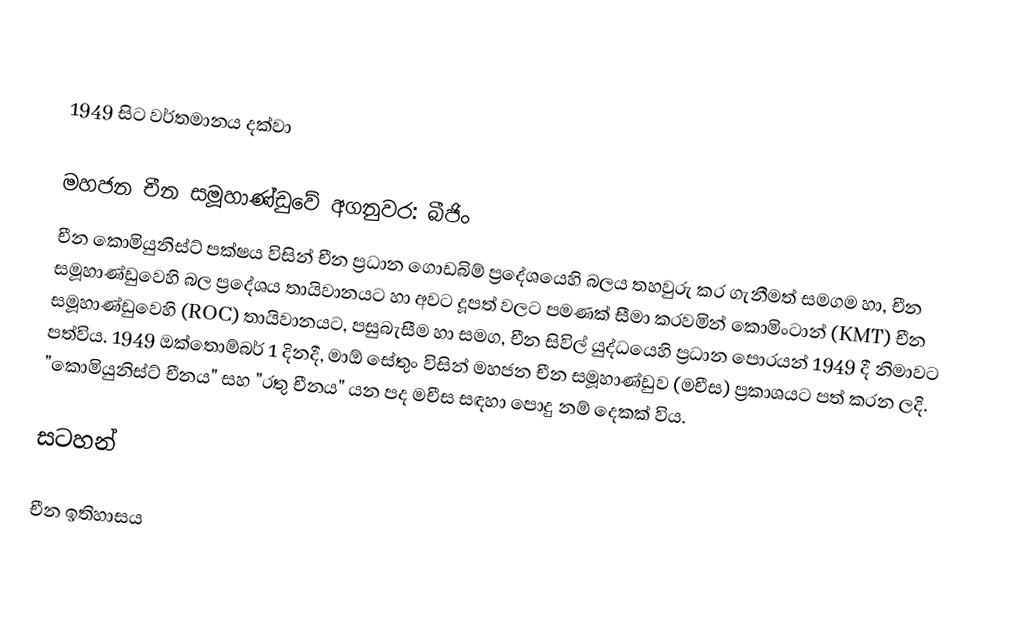

1949 සිට වර්තමානය දක්වා

මහජන චීන සමූහාණ්ඩුවේ අගනුවර: බීජිං
චීන කොමියුනිස්ට් පක්ෂය විසින් චීන ප්‍රධාන ගොඩබිම් ප්‍රදේශයෙහි බලය තහවුරු කර ගැනීමත් සමගම හා, චීන සමූහාණ්ඩුවෙහි බල ප්‍රදේශය තායිවානයට හා අවට දූපත් වලට පමණක් සීමා කරවමින් කොමිංටාන් (KMT) චීන සමූහාණ්ඩුවෙහි (ROC)  තායිවානයට, පසුබැසීම හා සමග, චීන සිවිල් යුද්ධයෙහි  ප්‍රධාන පොරයන් 1949 දී නිමාවට පත්විය. 1949 ඔක්තොම්බර් 1 දිනදී, මාඕ සේතුං විසින් මහජන චීන සමූහාණ්ඩුව (මචීස) ප්‍රකාශයට පත් කරන ලදි. "කොමියුනිස්ට් චීනය" සහ "රතු චීනය" යන පද මචීස සඳහා පොදු නම් දෙකක් විය.

සටහන්

චීන ඉතිහාසය